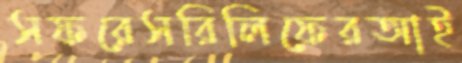
সফরেসরিলিফেরআই